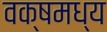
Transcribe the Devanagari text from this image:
वक्षमध्य